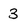
Character: 3